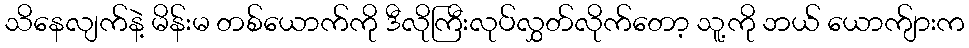
သိနေလျက်နဲ့ မိန်းမ တစ်ယောက်ကို ဒီလိုကြီးလုပ်လွှတ်လိုက်တော့ သူ့ကို ဘယ် ယောက်ျားက